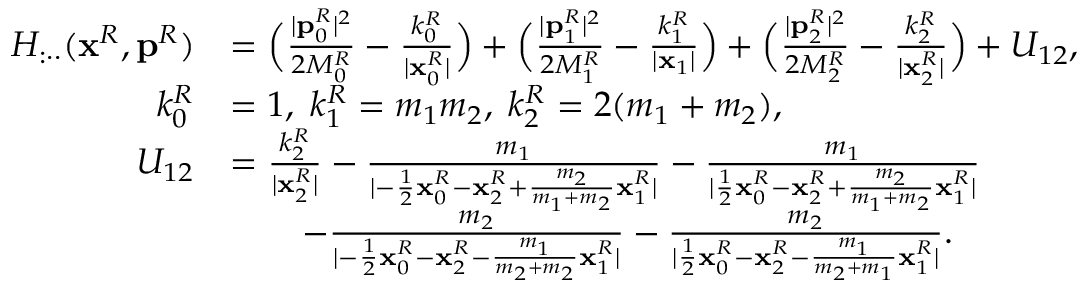
\begin{array} { r l } { H _ { : \cdot \cdot } ( \mathbf { x } ^ { R } , \mathbf { p } ^ { R } ) } & { = \Big ( \frac { | \mathbf { p } _ { 0 } ^ { R } | ^ { 2 } } { 2 M _ { 0 } ^ { R } } - \frac { k _ { 0 } ^ { R } } { | \mathbf { x } _ { 0 } ^ { R } | } \Big ) + \Big ( \frac { | \mathbf { p } _ { 1 } ^ { R } | ^ { 2 } } { 2 M _ { 1 } ^ { R } } - \frac { k _ { 1 } ^ { R } } { | \mathbf { x } _ { 1 } | } \Big ) + \Big ( \frac { | \mathbf { p } _ { 2 } ^ { R } | ^ { 2 } } { 2 M _ { 2 } ^ { R } } - \frac { k _ { 2 } ^ { R } } { | \mathbf { x } _ { 2 } ^ { R } | } \Big ) + U _ { 1 2 } , } \\ { k _ { 0 } ^ { R } } & { = 1 , \; k _ { 1 } ^ { R } = m _ { 1 } m _ { 2 } , \; k _ { 2 } ^ { R } = 2 ( m _ { 1 } + m _ { 2 } ) , } \\ { U _ { 1 2 } } & { = \frac { k _ { 2 } ^ { R } } { | \mathbf { x } _ { 2 } ^ { R } | } - \frac { m _ { 1 } } { | - \frac { 1 } { 2 } \mathbf { x } _ { 0 } ^ { R } - \mathbf { x } _ { 2 } ^ { R } + \frac { m _ { 2 } } { m _ { 1 } + m _ { 2 } } \mathbf { x } _ { 1 } ^ { R } | } - \frac { m _ { 1 } } { | \frac { 1 } { 2 } \mathbf { x } _ { 0 } ^ { R } - \mathbf { x } _ { 2 } ^ { R } + \frac { m _ { 2 } } { m _ { 1 } + m _ { 2 } } \mathbf { x } _ { 1 } ^ { R } | } } \\ & { \quad \quad - \frac { m _ { 2 } } { | - \frac { 1 } { 2 } \mathbf { x } _ { 0 } ^ { R } - \mathbf { x } _ { 2 } ^ { R } - \frac { m _ { 1 } } { m _ { 2 } + m _ { 2 } } \mathbf { x } _ { 1 } ^ { R } | } - \frac { m _ { 2 } } { | \frac { 1 } { 2 } \mathbf { x } _ { 0 } ^ { R } - \mathbf { x } _ { 2 } ^ { R } - \frac { m _ { 1 } } { m _ { 2 } + m _ { 1 } } \mathbf { x } _ { 1 } ^ { R } | } . } \end{array}